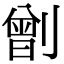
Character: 𠟂